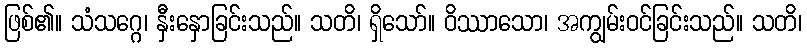
ဖြစ်၏။ သံသဂ္ဂေ၊ နှီးနှောခြင်းသည်။ သတိ၊ ရှိသော်။ ဝိဿာသော၊ အကျွမ်းဝင်ခြင်းသည်။ သတိ၊